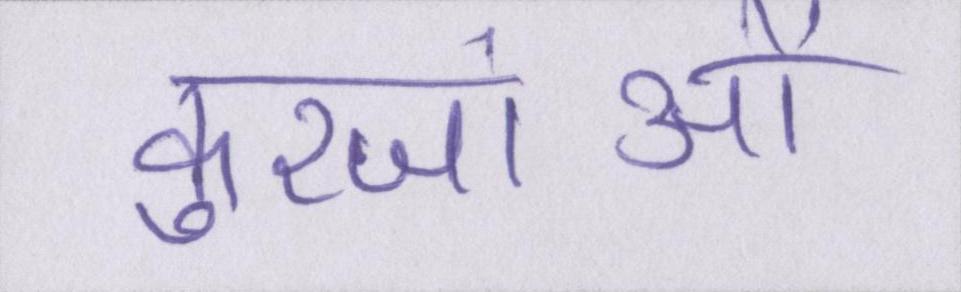
कुरजांओं